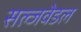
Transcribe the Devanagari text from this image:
सल्जवेडल